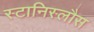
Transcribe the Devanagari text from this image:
स्टानिस्लौस